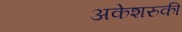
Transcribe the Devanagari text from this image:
अकेशरुकी